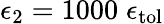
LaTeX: \epsilon_{2}=1000\; \epsilon_{\mathrm{{tol}}}